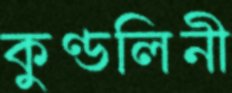
কুণ্ডলিনী